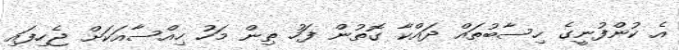
އެ ކުންފުނީގެ ހިސާބުތައް ދައްކާ ގޮތުން ފަހު ތިން މަހު ހިއްސާއަކަށް ޖެހިފައި